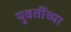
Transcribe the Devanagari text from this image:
युवतींच्या